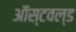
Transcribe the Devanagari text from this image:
ऑस्टवल्ड